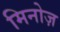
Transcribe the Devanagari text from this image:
मिनोज़